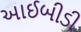
આઈબીડી